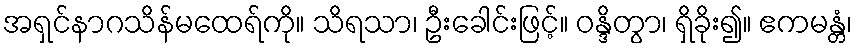
အရှင်နာဂသိန်မထေရ်ကို။ သိရသာ၊ ဦးခေါင်းဖြင့်။ ဝန္ဒိတွာ၊ ရှိခိုး၍။ ဧကမန္တံ၊